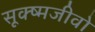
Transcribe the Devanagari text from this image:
सूक्ष्मजीवो